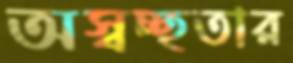
অস্বচ্ছতার